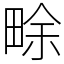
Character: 畭